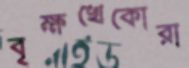
বৃক্ষখেকোরা